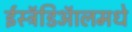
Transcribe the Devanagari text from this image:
ईस्ट्रॅडिऑलमधे